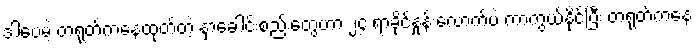
ဒါပေမဲ့ တရုတ်ကနေထုတ်တဲ့ နှာခေါင်းစည်းတွေဟာ ၂၄ ရာခိုင်နှုန်းလောက်ပဲ ကာကွယ်နိုင်ပြီး တရုတ်ကနေ